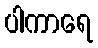
ပါကာရေ